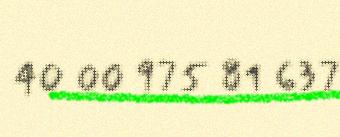
40 00 975 81 637